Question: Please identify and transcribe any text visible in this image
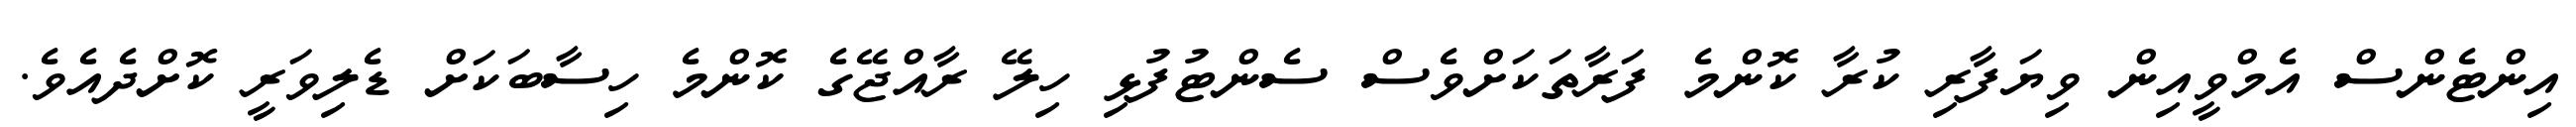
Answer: އިންޓެންސް އެމްވީއިން ވިޔަފާރި ކުރާ ކޮންމެ ފަރާތަކަށްވެސް ސެންޓުފުޅި ހިލޭ ރާއްޖޭގެ ކޮންމެ ހިސާބަކަށް ޑެލިވަރީ ކޮށްދެއެވެ.